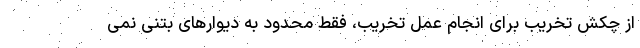
از چکش تخریب برای انجام عمل تخریب، فقط محدود به دیوارهای بتنی نمی